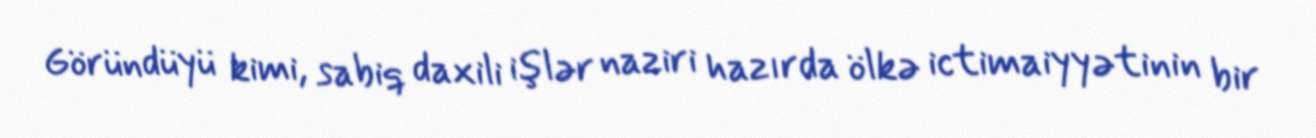
Göründüyü kimi, sabiq daxili işlər naziri hazırda ölkə ictimaiyyətinin bir